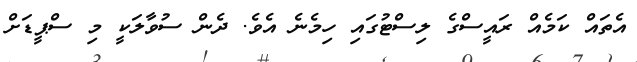
އެތައް ކަމެއް ރައީސްގެ ލިސްޓުގައި ހިމެނެ އެވެ. ދެން ސުވާލަކީ މި ސްޕީޑަށް